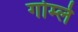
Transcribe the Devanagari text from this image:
गोर्म्ले